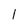
Character: 1